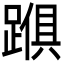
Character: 𮜅